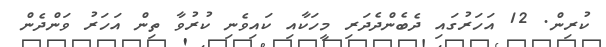
ކުރިން. 12 އަހަރުގައި ދެެބެންދެދަރި މީހަކާއި ކައިވެނި ކުރުވާ ތިން އަހަރު ވަންދެން